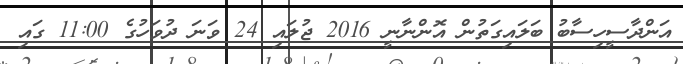
އަންދާސީހިސާބު ބަލައިގަތުން އޮންނާނީ 2016 ޖުލައި 24 ވަނަ ދުވަހުގެ 11:00 ގައި